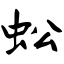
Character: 蚣